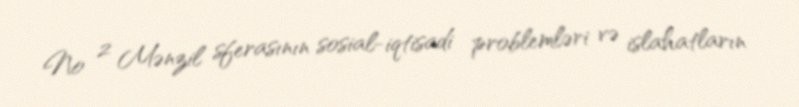
№ 2 Mənzil sferasının sosial-iqtisadi problemləri və islahatların